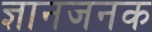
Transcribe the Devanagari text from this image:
ज्ञानजनक